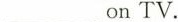
___on TV.